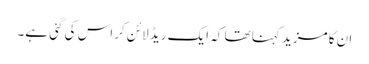
ان کا مزید کہنا تھا کہ ایک ریڈ لائن کراس کی گئی ہے۔